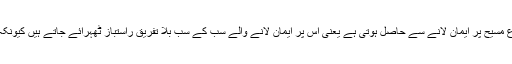
یہ خُدا کی وہ راستبازی ہے جو اِنسان کو صرف یسوع مسیح پر ایمان لانے سے حاصل ہوتی ہے یعنی اُس پر ایمان لانے والے سب کے سب بِلا تفریق راستباز ٹھہرائے جاتے ہیں کیونکہ سب نے گناہ کیا اور خُدا کے جلال سے محروم ہیں۔